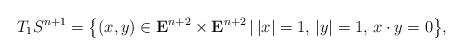
LaTeX: \begin{gather*}T_1S^{n+1} = \big\{ (x, y) \in {\mathbf{E}}^{n+2}\times {\mathbf{E}}^{n+2}\,|\,\vert x \vert = 1,\, \vert y\vert = 1, \, x\cdot y = 0 \big\},\end{gather*}